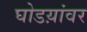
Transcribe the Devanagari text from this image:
घोडय़ांवर